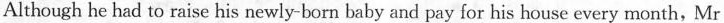
Although he had to raise his newly-born baby and pay for his house every month,Mr